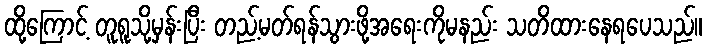
ထို့ကြောင့် တူရူသို့မှန်းပြီး တည့်မတ်ရန်သွားဖို့အရေးကိုမနည်း သတိထားနေရပေသည်။